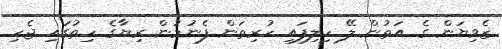
ޒެވިޔަން ގެ އަތުން ލޭ ހިލިފައި ހުރިތަން ފެނުމުން ރިޔާގެ ހިތުގައި ޖެހި